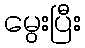
မွေးပြီး